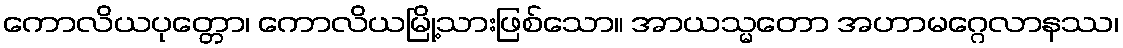
ကောလိယပုတ္တော၊ ကောလိယမြို့သားဖြစ်သော။ အာယသ္မတော အဟာမဂ္ဂေလာနဿ၊